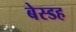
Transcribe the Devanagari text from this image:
बेस्डह